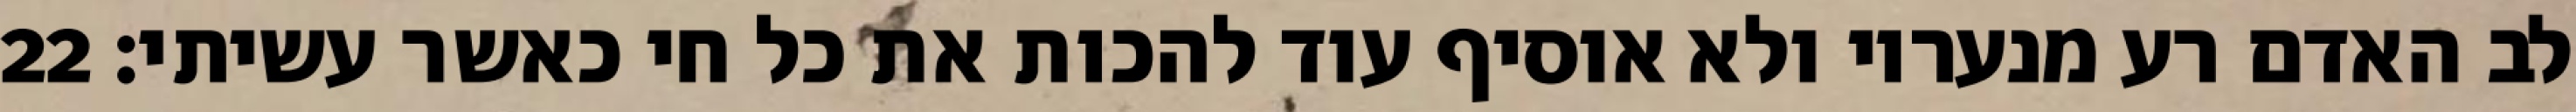
לב האדם רע מנעריו ולא אוסיף עוד להכות את כל חי כאשר עשיתי׃ ‎22‏